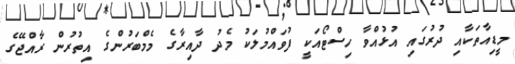
މީޑިއާތަކާއި ދުރުގައި އުޅުއްވާ ހިސްޓޯއަކީ ފުވައްމުލަކު މެދު ދާއިރާގެ މެމްބަރުންގެ އިތުރުން ރާއްޖޭގެ